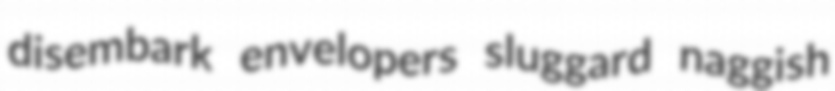
disembark envelopers sluggard naggish